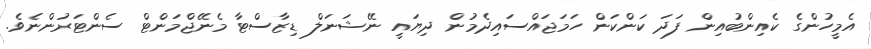
އެމީހުންގެ ކެއިންބުއިން ފަދަ ކަންކަން ހަމަޖައްސައިދެމުން ދިޔައީ ނޭޝަނަލް ޑިޒާސްޓާ މެނޭޖްމަންޓް ސެންޓަރުންނެވެ.